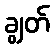
ချွတ်